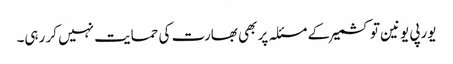
یورپی یونین تو کشمیر کے مسئلہ پر بھی بھارت کی حمایت نہیں کر رہی۔